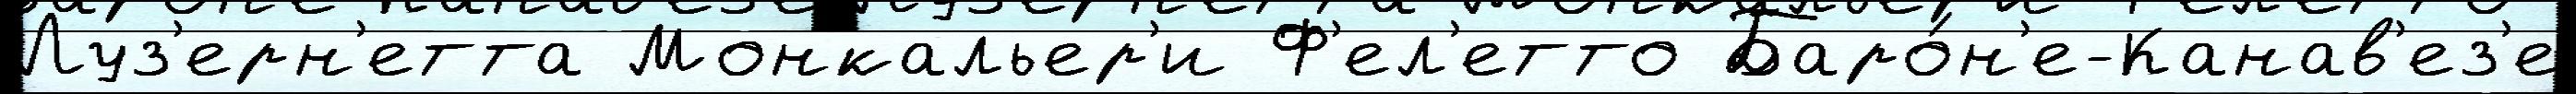
Луз'ерн'етта Монкальер'и Ф'ел'етто Баро́н'е-Канав'ез'е